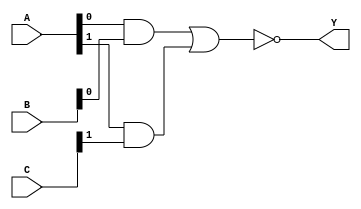
module combinational_logic_block (
    input wire [3:0] A,     // 4-bit input
    input wire [3:0] B,     // 4-bit input
    input wire [3:0] C,     // 4-bit input
    output wire Y           // Output
);

// Intermediate signals for multi-level simplification
wire and1, and2, or1, not1;

// Level 1: AND gates
assign and1 = A[0] & B[0]; // A0 AND B0
assign and2 = A[1] & C[1]; // A1 AND C1

// Level 2: OR gate
assign or1 = and1 | and2;  // Intermediate OR of the AND results

// Level 3: NOT gate
assign not1 = ~or1;        // NOT of the OR result

// Final output: Combining results
assign Y = not1;           // Final output Y

endmodule